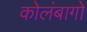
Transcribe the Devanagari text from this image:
कोलंबागो